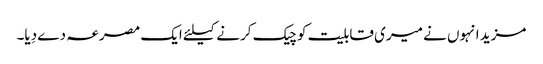
مزید انہوں نے میری قابلیت کو چیک کرنے کیلئے ایک مصرعہ دے دِیا۔